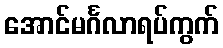
အောင်မင်္ဂလာရပ်ကွက်